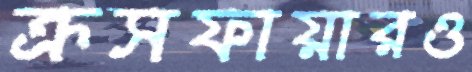
ক্রসফায়ারও